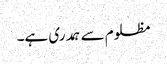
مظلوم سے ہمدری ہے۔